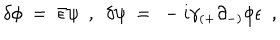
LaTeX: \delta \phi ~ = ~ { \bar { \epsilon } } \psi ~ ~ , ~ ~ \delta \psi ~ = ~ - i \gamma _ { ( + } \partial _ { - ) } \phi \epsilon ~ ~ ,